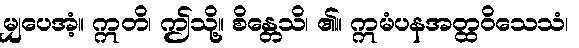
မျှပေအံ့။ ဣတိ၊ ဤသို့။ စိန္တေသိ၊ ၏။ ဣမံပနအတ္ထဝိသေသံ၊